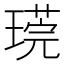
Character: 𪼒